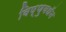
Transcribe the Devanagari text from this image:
विष्णुवधॅन